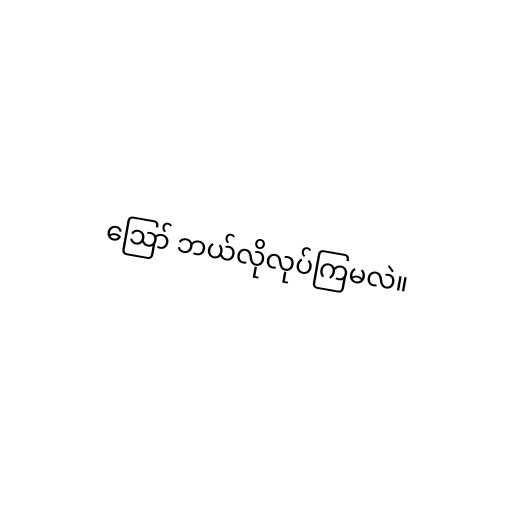
ဪ ဘယ်လိုလုပ်ကြမလဲ။